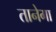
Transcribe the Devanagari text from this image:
तानेगा